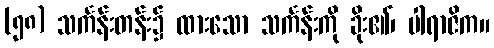
(၅၈) သင်္ကန်းတန်း၌ ထားသော သင်္ကန်းကို ခိုး၏၊ ပါရာဇိက။